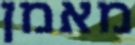
מאמן